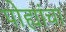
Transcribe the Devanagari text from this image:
पोह्यांचा